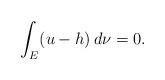
LaTeX: \begin{align*}\int_{E}(u-h)\,d\nu=0.\end{align*}